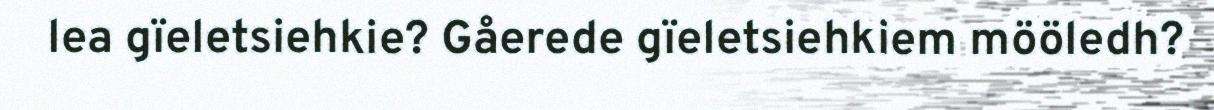
lea gïeletsiehkie? Gåerede gïeletsiehkiem mööledh?